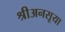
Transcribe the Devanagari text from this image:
श्रीअनसूया